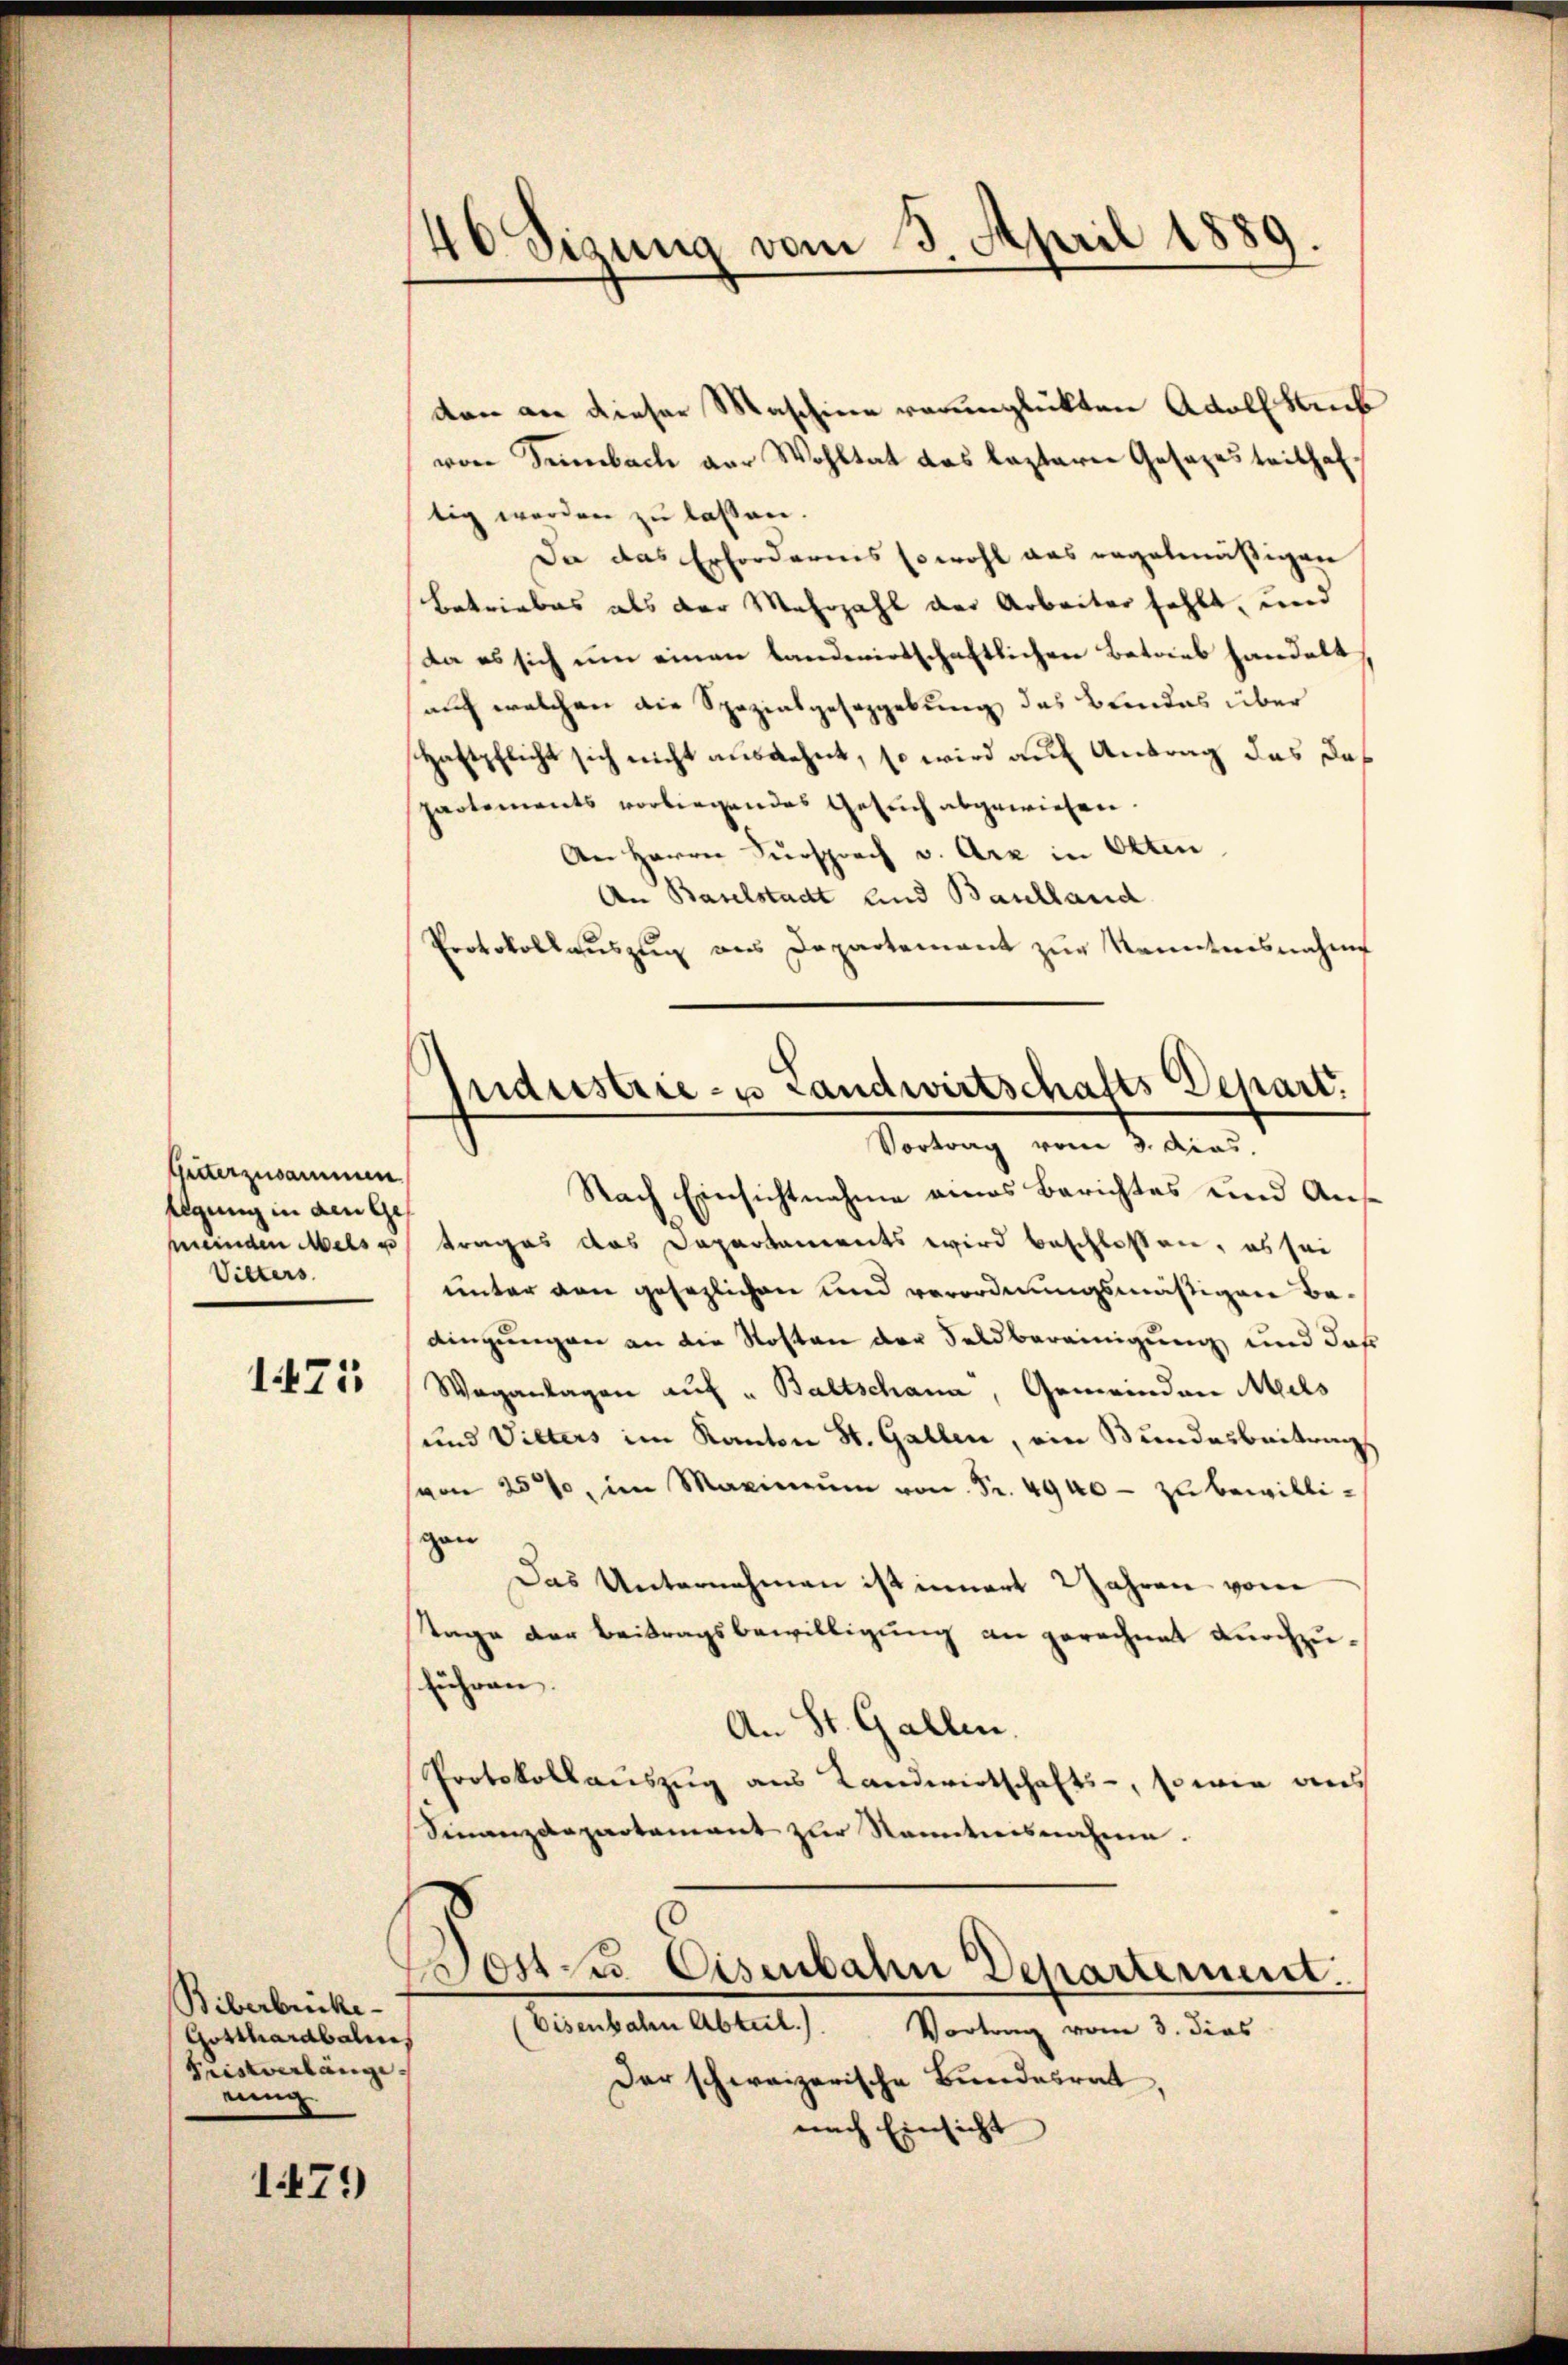
Güterzusammen
flgung in den Ge¬
Vitters

1471

Biberbrücke
Gotthardbalis
Fristverlänge
eing

1471)

46 Sizung vom 3. April 1889.

den an dieser Maschiene verunglückten Adolf Sub
von Seebach der Wohltat das lezterer Gesezestrithaf-
tig werden zu lassen.
Da das Erfordernis sowohl aus regelmäßigen
Betriebes als der Mehrzahl der Arbeiter fehlt, und
da es sich um einen landwirtschaftlichen Betrieb handelt
auch welchen die Spezialgesezgebung des Bundes über
Haftpflicht sich nicht ausdehnt, so wird auf Antrag das das
partements vorliegendes Gesuch abgewiesen.
An Herrn Fürsprach v. Arz in Otten
An Baselstadt und Baulland
Protokollauszug aus Departement zur Kenntnisnahme
Nach Einsichtnahme eines Berichtes und Ansmeinden Meise trages das Departaments wird beschloßen, es sei
unter den gesezlichen und verordnungsmäßigen bedingungen an die Kosten der Feldbereinigung und daß
Waganlagen aŭf " Baltschana, Gemeinden Mils
und Vilters im Kanton St. Gallen, ein Bundesbeitring
(von 25%, im Maximŭm von Fr. 4940 - zu bewilligan
Das Unternehmen ist innert Jahren vom
Tage der Beitragsbewilligung an gerechnet durchzuführen.
An St. Gallen.
Protokollauszug aus Landwirtschafts-, so wie aus
Sinanzdepartement zur Nametiersnahme.
8
104 f. Eisenbahn Departement.
Eisenbahn Abteil.). Vortrag vom 3. dies
Der schweizerische Bundesrat,
nach Einsicht

ndustrie- u Landwirtschafts Depart.
Vortrag vom 3. dies.